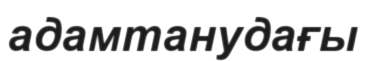
адамтанудағы